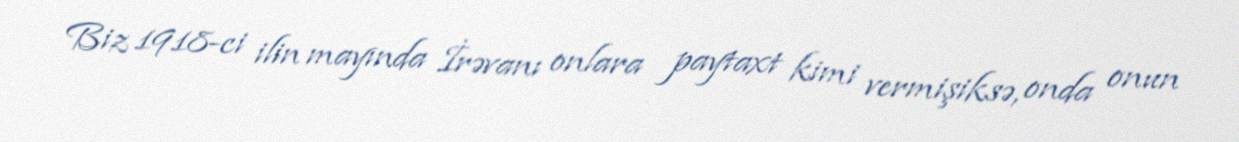
Biz 1918-ci ilin mayında İrəvanı onlara paytaxt kimi vermişiksə, onda onun